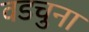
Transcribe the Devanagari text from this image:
वडचुना